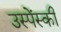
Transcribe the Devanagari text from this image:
उस्पेंस्की